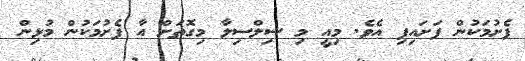
ފެށުމަކުން ފަށައިފި އެވެ. މިއީ މި ސިލްސިލާ މިގޮތަށް އާ ފެށުމަކުން މުޅިން